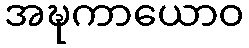
အဍ္ဎကာယောဝ